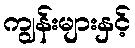
ကျွန်းများနှင့်